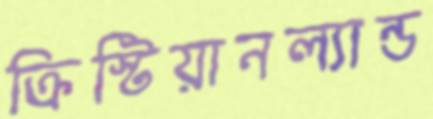
ক্রিস্টিয়ানল্যান্ড